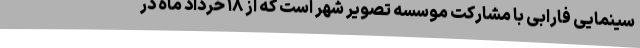
سینمایی فارابی با مشارکت موسسه تصویر شهر است که از ۱۸ خرداد ماه در